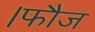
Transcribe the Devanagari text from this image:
।फौज